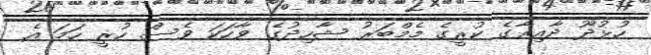
ހުޅުދޫ ދާއިރާގެ ކުރީގެ މެމްބަރު ޝާހިދުގެ ވާހަކަ ވެސް ހުރީ ހަމަ އެ